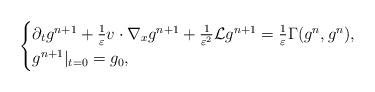
LaTeX: \begin{align*}\begin{cases}\partial_tg^{n+1}+\frac 1 \varepsilon v\cdot\nabla_{x}g^{n+1}+\frac 1{\varepsilon^2}\mathcal{L}g^{n+1}=\frac{1}{\varepsilon}\Gamma(g^{n}, g^{n}),\\g^{n+1}|_{t=0}=g_0,\end{cases}\end{align*}